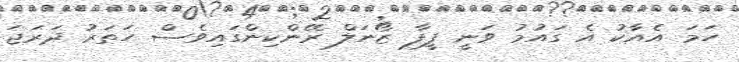
ހަމަ އެއާކު އެ ގައުމު ވަނީ ފީފާ ޒޯނަލް ރޭންކިންގައިވެސް ހަތަރު ދަރަޖަ